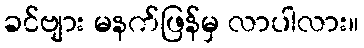
ခင်ဗျား မနက်ဖြန်မှ လာပါလား။